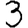
Digit: 3